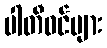
ပါတီဝင်များ